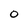
Character: O